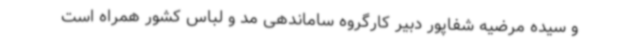
و سیده مرضیه شفاپور دبیر کارگروه ساماندهی مد و لباس کشور همراه است